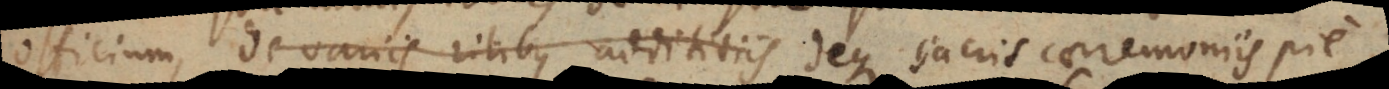
officium, de variis ritibus addititiis deque sacris caeremoniis pie